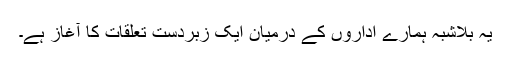
یہ بلاشبہ ہمارے اداروں کے درمیان ایک زبردست تعلقات کا آغاز ہے۔